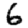
Digit: 6